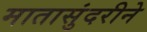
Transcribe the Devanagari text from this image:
मातासुंदरीने